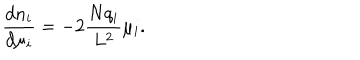
LaTeX: \frac { d n _ { i } } { d \mu _ { i } } = - 2 \frac { N q _ { i } } { L ^ { 2 } } \mu _ { i } .